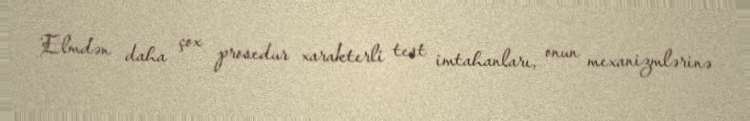
Elmdən daha çox prosedur xarakterli test imtahanları, onun mexanizmlərinə